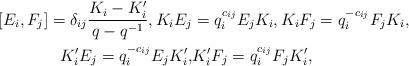
LaTeX: \begin{align*}[E_i,F_j]= \delta_{ij} \frac{K_i-K_i'}{q-q^{-1}}, K_i E_j & =q_i^{c_{ij}} E_j K_i, K_i F_j=q_i^{-c_{ij}} F_j K_i,\\K_i' E_j=q_i^{-c_{ij}} E_j K_i', & K_i' F_j=q_i^{c_{ij}} F_j K_i', \end{align*}